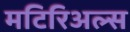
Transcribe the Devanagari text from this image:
मटिरिअल्स